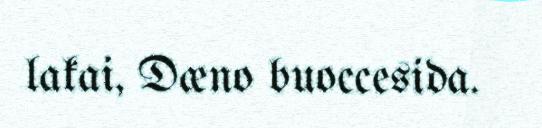
lakai, Dæno buoccesida.